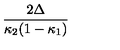
\frac { 2 \Delta } { \kappa _ { 2 } ( 1 - \kappa _ { 1 } ) }